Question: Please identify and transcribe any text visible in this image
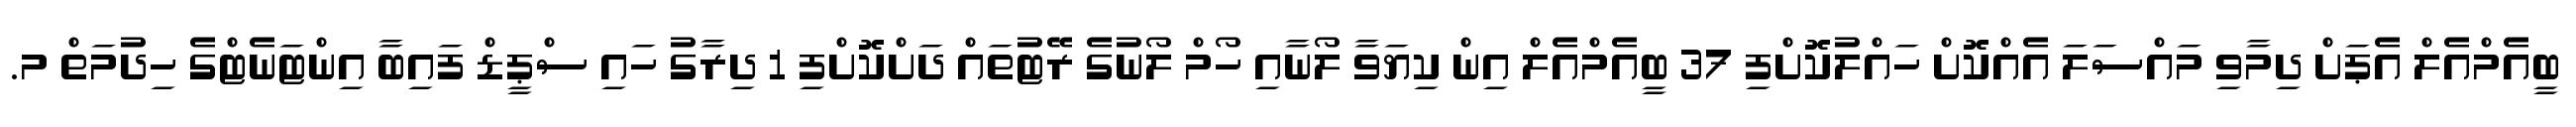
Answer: ބީއެމްއެލް އެޕަށް ދިމާވި މައްސަލަ އެއްކޮށް ހައްލުކޮށްފި 37 ބީއެމްއެލް އިން ކިޔަވާ ލޯނާއި ހޯމް ލޯނުގެ ރޭޓުތައް ދަށްކޮށްފި 1 ދިރާގު ހައި ސްޕީޑް ފައިބާ އިންޓަނެޓްގެ ހިދުމަތް މ.